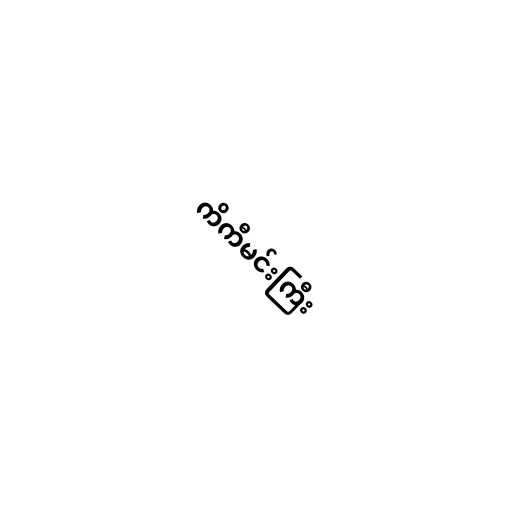
ကိကီမင်းကြီး